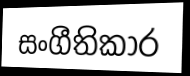
සංගීතිකාර